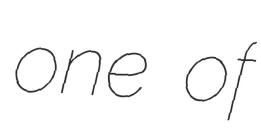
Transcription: one of